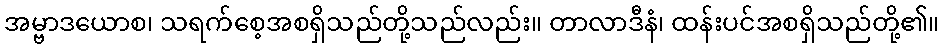
အမ္ဗာဒယောစ၊ သရက်စေ့အစရှိသည်တို့သည်လည်း။ တာလာဒီနံ၊ ထန်းပင်အစရှိသည်တို့၏။